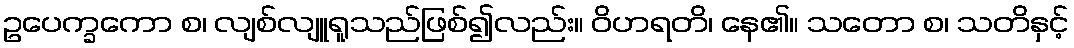
ဥပေက္ခကော စ၊ လျစ်လျူရူသည်ဖြစ်၍လည်း။ ဝိဟရတိ၊ နေ၏။ သတော စ၊ သတိနှင့်